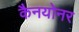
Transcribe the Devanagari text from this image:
कैनयोनर